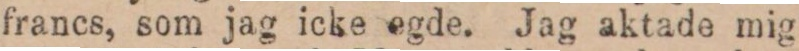
francs, som jag icke egde. Jag aktade mig